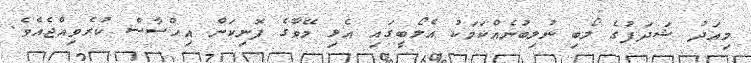
މިއަދު ޝަދަފުގެ ލޯބި ނުލިބުނެއްކަމަކު އެލޯބީގައި އެޅި މޭވާގެ ފޮނިކަން އިޙްސާސް ކުރެވިއްޖެއެވެ.